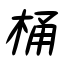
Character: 桶